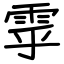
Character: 雽